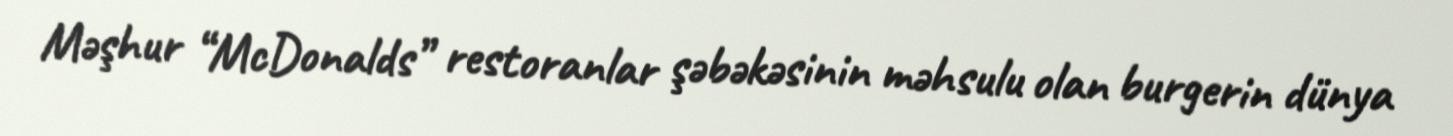
Məşhur “McDonalds” restoranlar şəbəkəsinin məhsulu olan burgerin dünya